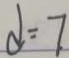
d = 7